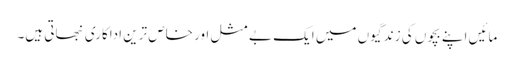
مائیں اپنے بچوں کی زندگیوں میں ایک بے مثل اور خاص ترین اداکاری نبھاتی ہیں۔